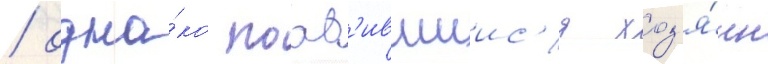
/ одна́ко поав'ившиис'я хоз'я́ин